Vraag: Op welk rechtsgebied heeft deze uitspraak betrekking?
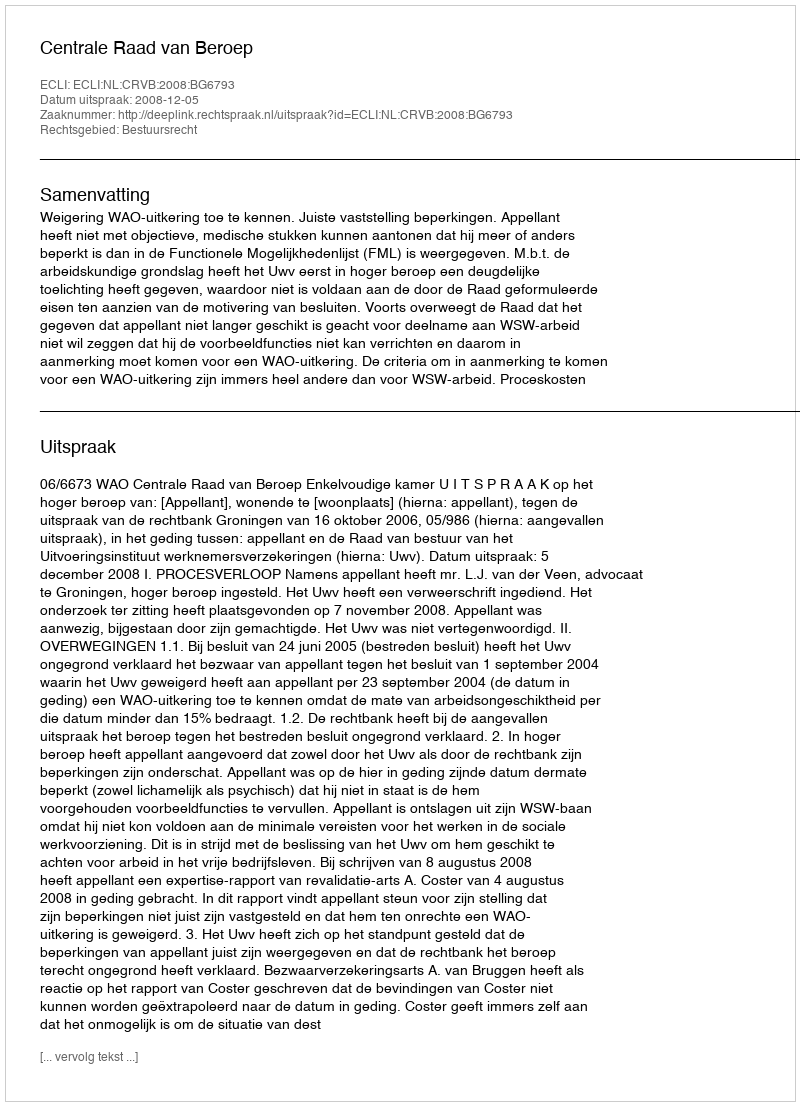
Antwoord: Bestuursrecht